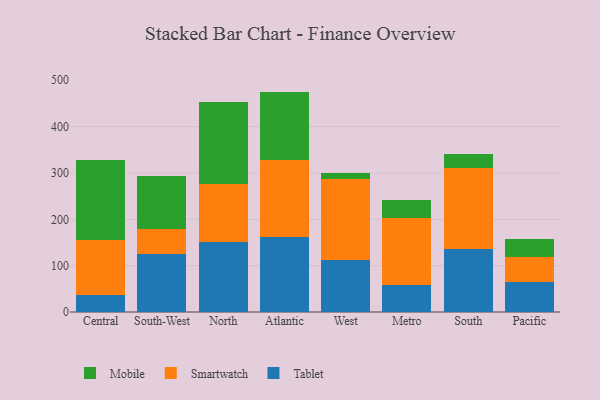
{"axis": {"x": "Region", "y": "Budget (USD K)"}, "legend": ["Mobile", "Smartwatch", "Tablet"], "data": [{"x": "Central", "y": 37.4, "type": "Tablet"}, {"x": "Central", "y": 117.3, "type": "Smartwatch"}, {"x": "Central", "y": 173.7, "type": "Mobile"}, {"x": "South-West", "y": 124.1, "type": "Tablet"}, {"x": "South-West", "y": 54.4, "type": "Smartwatch"}, {"x": "South-West", "y": 115.6, "type": "Mobile"}, {"x": "North", "y": 150.6, "type": "Tablet"}, {"x": "North", "y": 124.9, "type": "Smartwatch"}, {"x": "North", "y": 177.5, "type": "Mobile"}, {"x": "Atlantic", "y": 162.5, "type": "Tablet"}, {"x": "Atlantic", "y": 166.0, "type": "Smartwatch"}, {"x": "Atlantic", "y": 147.1, "type": "Mobile"}, {"x": "West", "y": 111.4, "type": "Tablet"}, {"x": "West", "y": 175.6, "type": "Smartwatch"}, {"x": "West", "y": 13.8, "type": "Mobile"}, {"x": "Metro", "y": 58.5, "type": "Tablet"}, {"x": "Metro", "y": 143.4, "type": "Smartwatch"}, {"x": "Metro", "y": 39.0, "type": "Mobile"}, {"x": "South", "y": 135.4, "type": "Tablet"}, {"x": "South", "y": 174.8, "type": "Smartwatch"}, {"x": "South", "y": 31.8, "type": "Mobile"}, {"x": "Pacific", "y": 65.3, "type": "Tablet"}, {"x": "Pacific", "y": 53.3, "type": "Smartwatch"}, {"x": "Pacific", "y": 38.2, "type": "Mobile"}]}